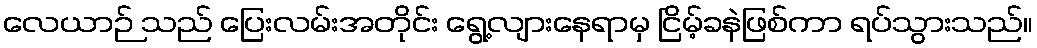
လေယာဉ် သည် ပြေးလမ်းအတိုင်း ရွေ့လျားနေရာမှ ငြိမ့်ခနဲဖြစ်ကာ ရပ်သွားသည်။